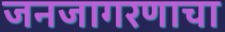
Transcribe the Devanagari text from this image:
जनजागरणाचा